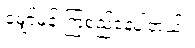
မျှော်မှန်းကြံစည်နေပါတယ်။